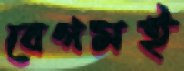
বেগমই